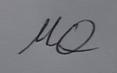
Signature authenticity: forged